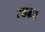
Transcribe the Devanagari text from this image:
त्वस्य